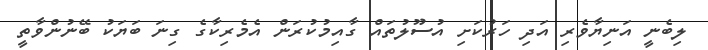
ލިބެނީ އަނިޔާވެރި އަދި ހަރުކަށި އުސޫލުތައް ގާއިމުކުރަން އެމެރިކާގެ ގިނަ ބަޔަކު ބޭނުންވާތީ